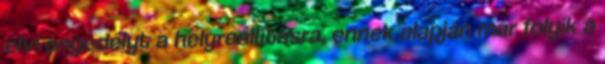
elvi engedélyt a helyreállításra, ennek alapján már folyik a